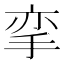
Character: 挛